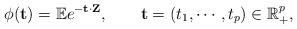
LaTeX: \begin{align*}\phi(\mathbf t)=\mathbb Ee^{-\mathbf t\cdot\mathbf Z},\qquad\mathbf t=(t_1,\cdots,t_p)\in \mathbb R_{+}^p,\end{align*}